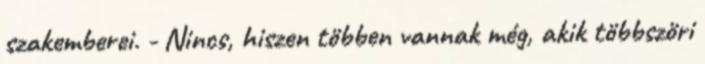
szakemberei. - Nincs, hiszen többen vannak még, akik többszöri